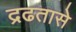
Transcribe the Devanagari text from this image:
द्रढतासे